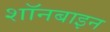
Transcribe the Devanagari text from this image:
शॉनबाइन